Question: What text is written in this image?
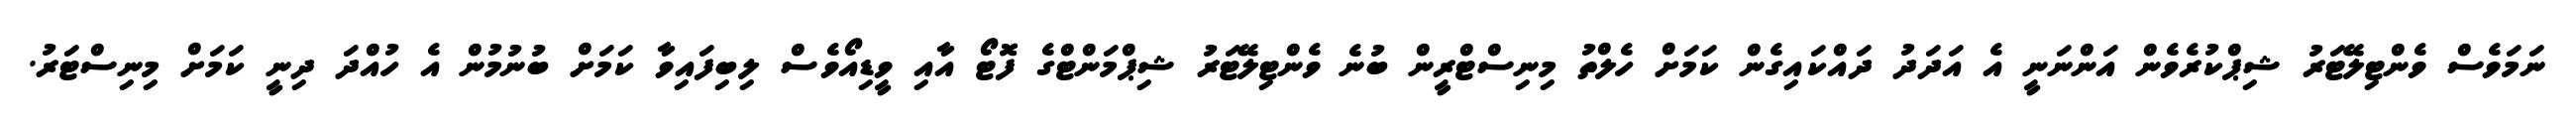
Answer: ނަމަވެސް ވެންޓިލޭޓަރު ޝިޕްކުރެވެން އަންނަނީ އެ އަދަދު ދައްކައިގެން ކަމަށް ހެލްތު މިނިސްޓްރީން ބުނެ ވެންޓިލޭޓަރު ޝިޕްމަންޓްގެ ފޮޓޯ އާއި ވީޑިއޯވެސް ލިބިފައިވާ ކަމަށް ބުނުމުން އެ ހުއްދަ ދިނީ ކަމަށް މިނިސްޓަރު.